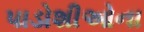
પાડોશીઓના